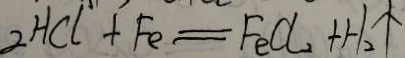
2 H C l + F e = F e C l _ { 2 } + H _ { 2 } \uparrow